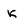
Character: k